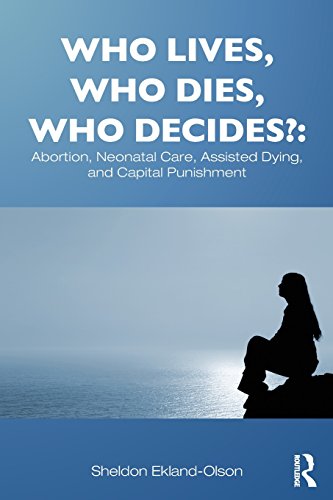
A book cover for Who Lives, Who Dies, Who Decides?: Abortion, Neonatal Care, Assisted Dying, and Capital Punishment (Contemporary Sociological Perspectives); Sheldon Ekland-Olson; Politics & Social Sciences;